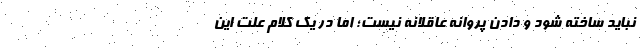
نباید ساخته شود و دادن پروانه عاقلانه نیست؛ اما در یک کلام علت این